65_HS1-834228961_62-HQ-83894_Section_4
Agency: FBI
Page 50
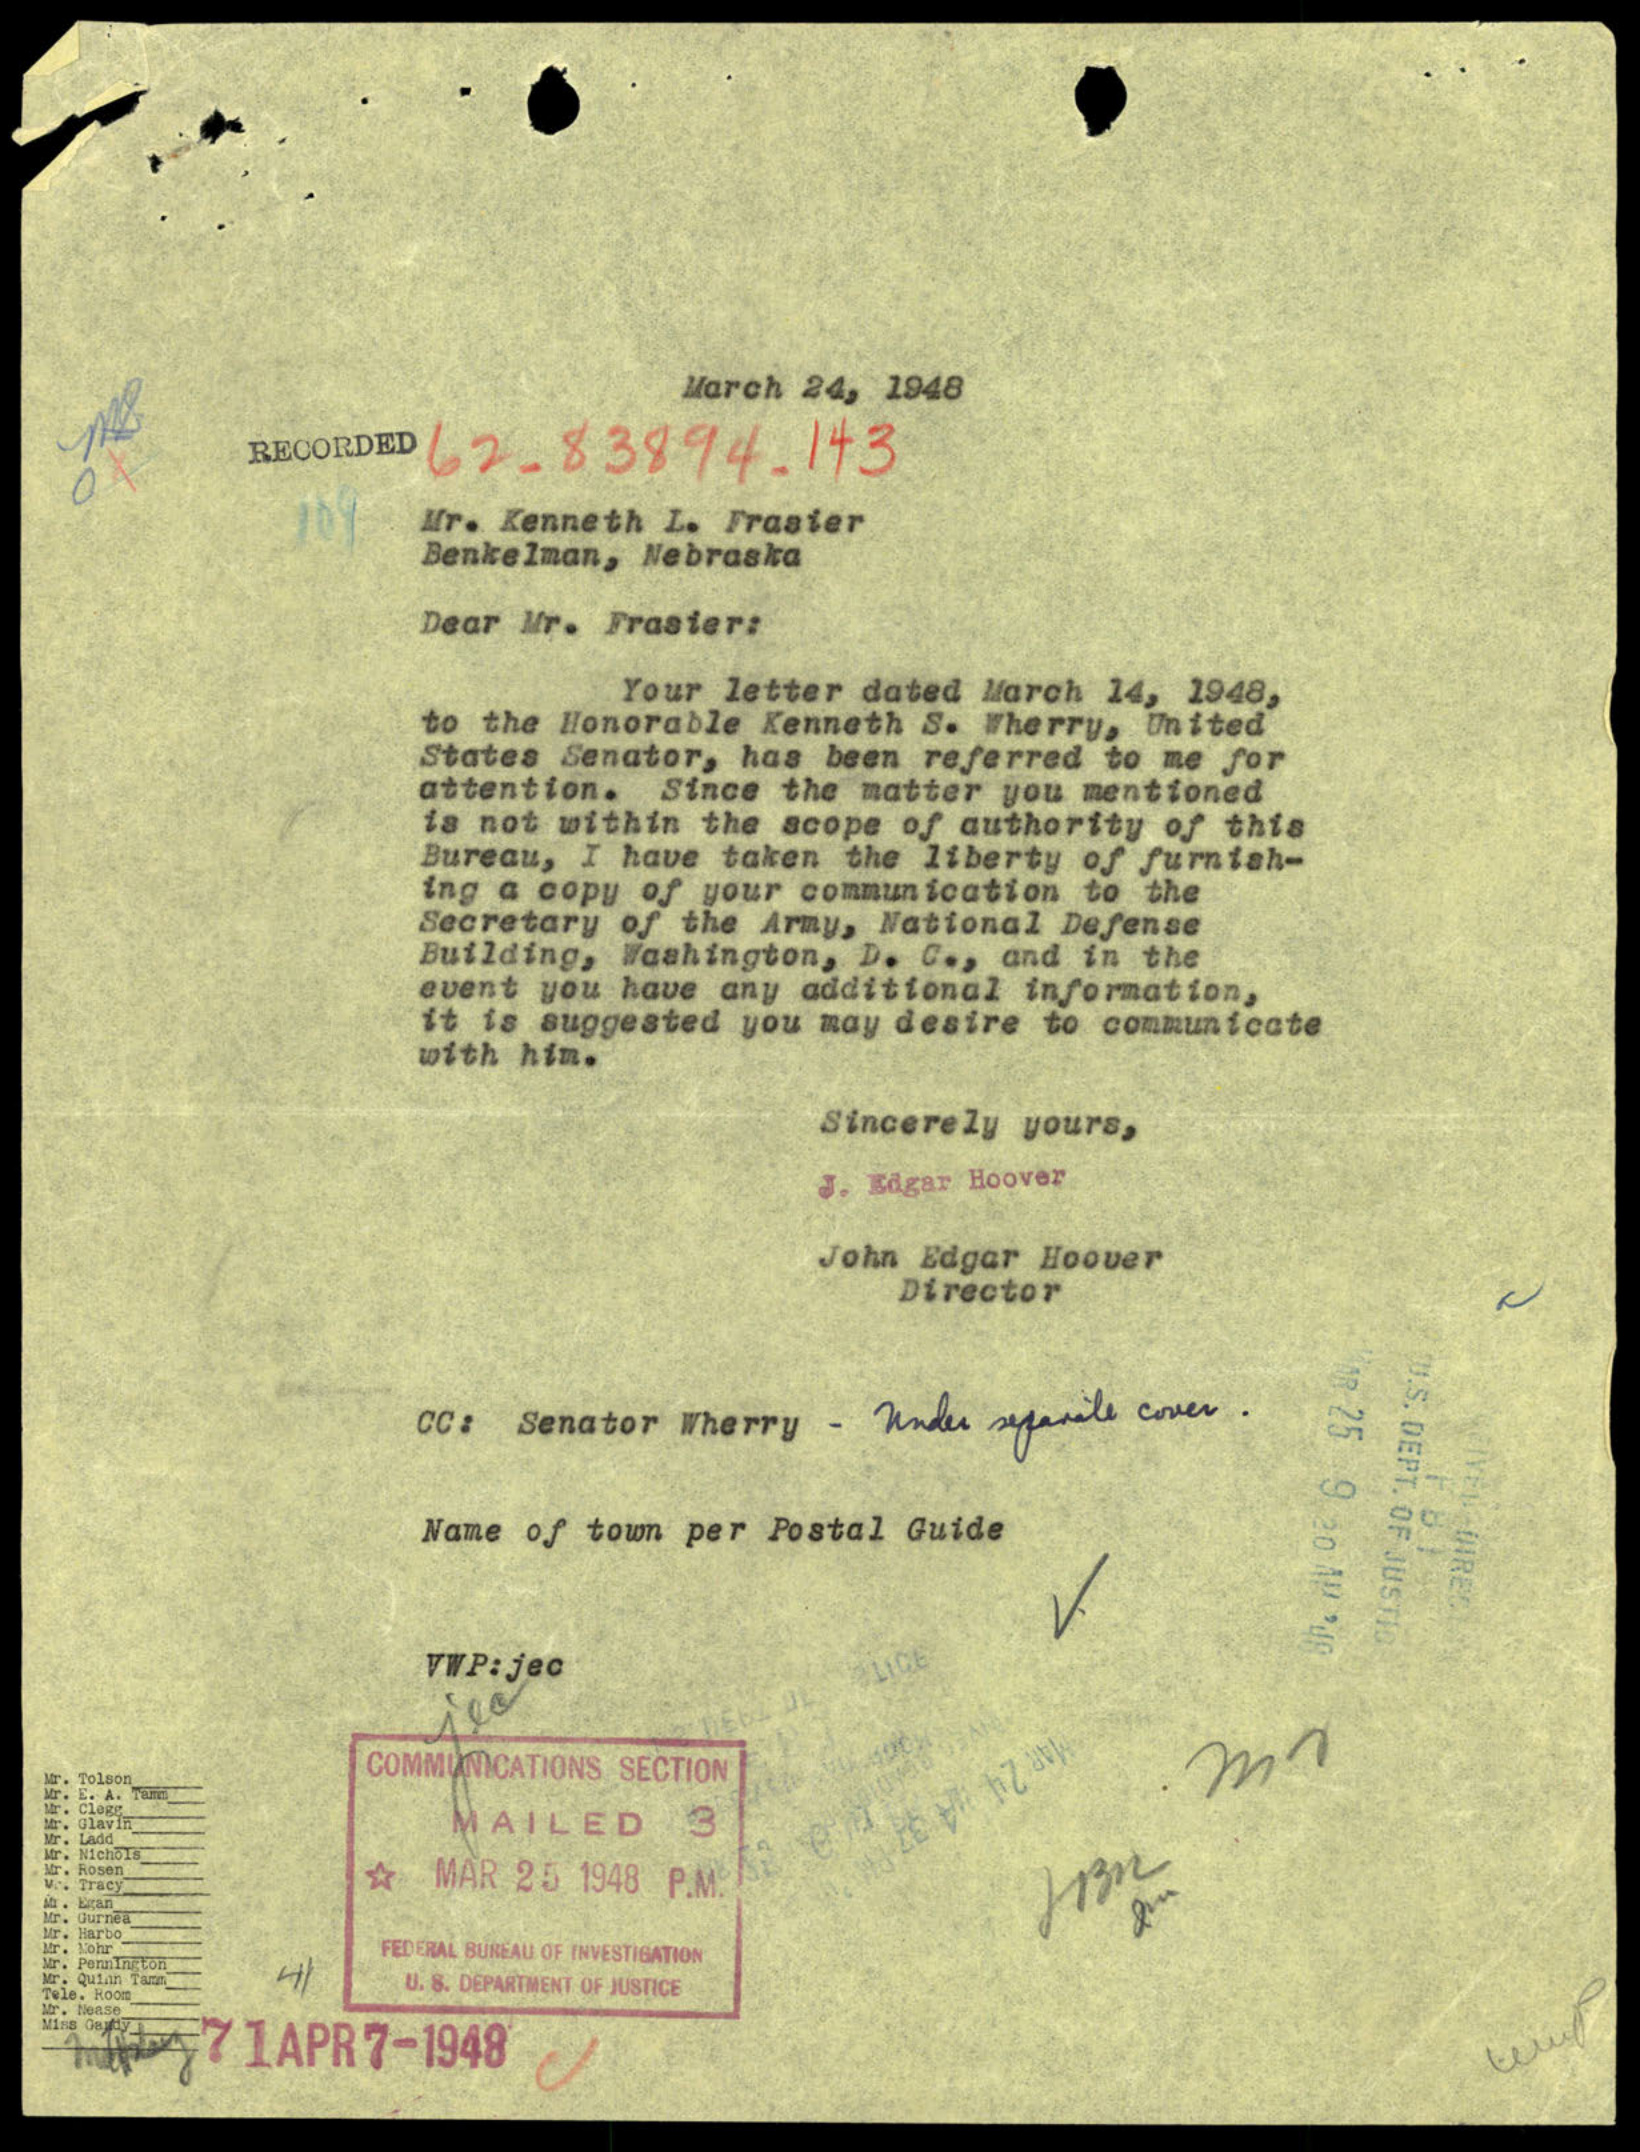